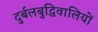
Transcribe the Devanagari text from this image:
दुर्बलबुद्धिवालियों